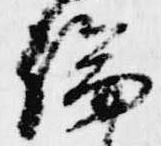
論